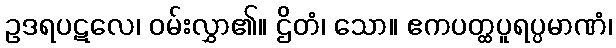
ဥဒရပဋလေ၊ ဝမ်းလွှာ၏။ ဌိတံ၊ သော။ ဧကပတ္ထပူရပ္ပမာဏံ၊